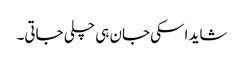
شاید اسکی جان ہی چلی جاتی۔